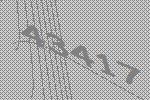
43417